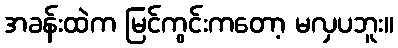
အခန်းထဲက မြင်ကွင်းကတော့ မလှပဘူး။